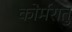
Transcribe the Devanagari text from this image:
कोर्मरातु